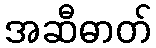
အဆီဓာတ်